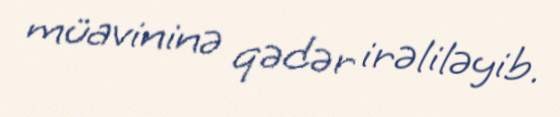
müavininə qədər irəliləyib.